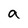
Character: a